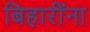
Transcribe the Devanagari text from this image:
बिहारींना